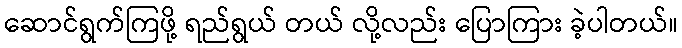
ဆောင်ရွက်ကြဖို့ ရည်ရွယ် တယ် လို့လည်း ပြောကြား ခဲ့ပါတယ်။